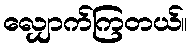
လျှောက်ကြတယ်။